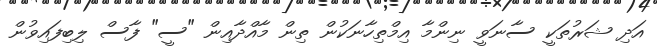
އަދި ޝަރުތަކީ ސާނަވީ ނިންމާ އިމްތިހާނަކުން ތިން މާއްދާއިން "ސީ" ފާސް ލިބިފައިވުން